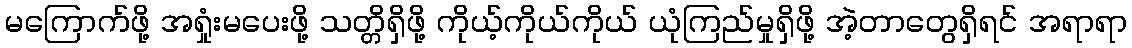
မကြောက်ဖို့ အရှုံးမပေးဖို့ သတ္တိရှိဖို့ ကိုယ့်ကိုယ်ကိုယ် ယုံကြည်မှုရှိဖို့ အဲ့တာတွေရှိရင် အရာရာ